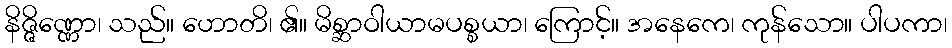
နိဇ္ဇိဏ္ဏော၊ သည်။ ဟောတိ၊ ၏။ မိစ္ဆာဝါယာမပစ္စယာ၊ ကြောင့်။ အနေကေ၊ ကုန်သော။ ပါပကာ၊